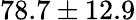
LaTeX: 78.7\pm 12.9